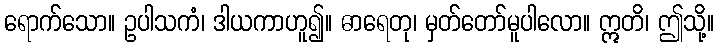
ရောက်သော။ ဥပါသကံ၊ ဒါယကာဟူ၍။ ဓာရေတု၊ မှတ်တော်မူပါလော။ ဣတိ၊ ဤသို့။